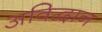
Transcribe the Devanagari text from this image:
अविद्वान